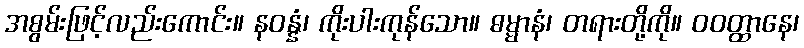
အစွမ်းဖြင့်လည်းကောင်း။ နဝန္နံ၊ ကိုးပါးကုန်သော။ ဓမ္မာနံ၊ တရားတို့ကို။ ဝဝတ္ထာနေ၊